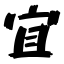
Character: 宜